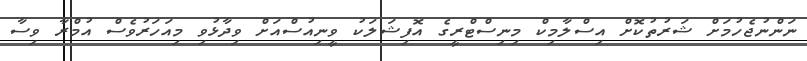
ނަންނުޖެހުމަށް ޝަރުތުކޮށް އިސްލާމިކް މިނިސްޓްރީގެ އޮފިޝަލަކު ވީނިއުސްއަށް ވިދާޅުވި މިއަހަރުވެސް އުމްރާ ވިސާ